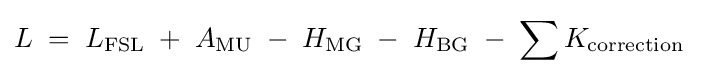
L\;=\;L_{\text{FSL}}\;+\;A_{\text{MU}}\;-\;H_{\text{MG}}\;-\;H_{\text{BG}}\;-\;\sum {K_{\text{correction}}}\;